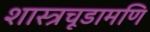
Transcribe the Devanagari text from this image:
शास्त्रचूडामणि